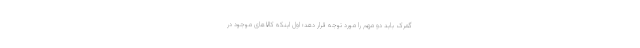
گمرک باید دو مهم را مورد توجه قرار دهد؛ اول اینکه کالاهای موجود در